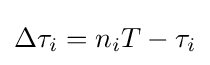
\Delta \tau _{i}=n_{i}T-\tau _{i}